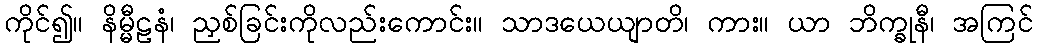
ကိုင်၍။ နိမ္မီဠနံ၊ ညှစ်ခြင်းကိုလည်းကောင်း။ သာဒယေယျာတိ၊ ကား။ ယာ ဘိက္ခုနီ၊ အကြင်